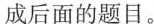
成后面的题目。